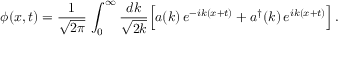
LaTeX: \phi ( x , t ) = \frac { 1 } { \sqrt { 2 \pi } } \, \int _ { 0 } ^ { \infty } \frac { d k } { \sqrt { 2 k } } \Bigl [ a ( k ) \, e ^ { - i k ( x + t ) } + a ^ { \dagger } ( k ) \, e ^ { i k ( x + t ) } \Bigr ] \, .